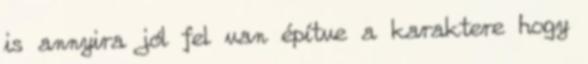
is annyira jól fel van építve a karaktere hogy